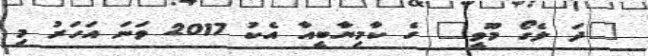
"ދަ ލެގޯ މޫވީ" ގެ ކާމިޔާބީއާ އެކު 2017 ވަނަ އަހަރު މި